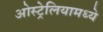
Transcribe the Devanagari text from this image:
ओस्ट्रेलियामध्ये